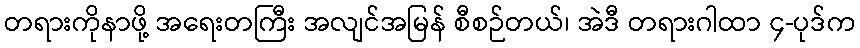
တရားကိုနာဖို့ အရေးတကြီး အလျင်အမြန် စီစဉ်တယ်၊ အဲဒီ တရားဂါထာ ၄-ပုဒ်က